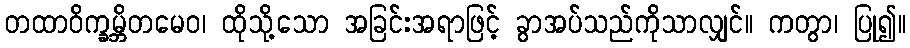
တထာဝိက္ခမ္ဘိတမေဝ၊ ထိုသို့သော အခြင်းအရာဖြင့် ခွာအပ်သည်ကိုသာလျှင်။ ကတွာ၊ ပြု၍။